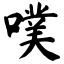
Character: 噗